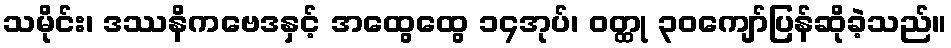
သမိုင်း၊ ဒဿနိကဗေဒနှင့် အထွေထွေ ၁၄အုပ်၊ ဝတ္ထု ၃၀ကျော်ပြန်ဆိုခဲ့သည်။